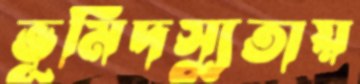
ভূমিদস্যুতায়